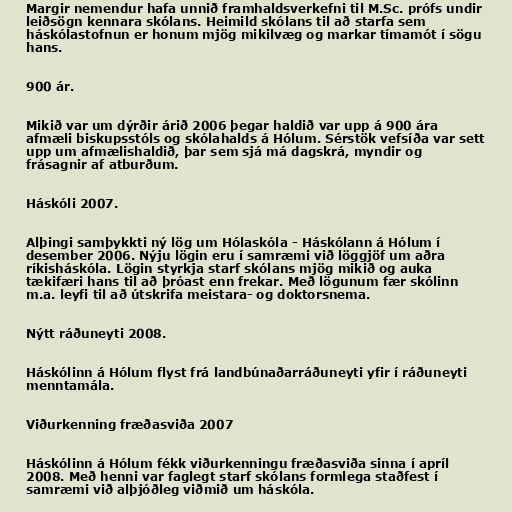
Margir nemendur hafa unnið framhaldsverkefni til M.Sc. prófs undir
leiðsögn kennara skólans. Heimild skólans til að starfa sem
háskólastofnun er honum mjög mikilvæg og markar tímamót í sögu
hans.

900 ár.

Mikið var um dýrðir árið 2006 þegar haldið var upp á 900 ára
afmæli biskupsstóls og skólahalds á Hólum. Sérstök vefsíða var sett
upp um afmælishaldið, þar sem sjá má dagskrá, myndir og
frásagnir af atburðum.

Háskóli 2007.

Alþingi samþykkti ný lög um Hólaskóla - Háskólann á Hólum í
desember 2006. Nýju lögin eru í samræmi við löggjöf um aðra
ríkisháskóla. Lögin styrkja starf skólans mjög mikið og auka
tækifæri hans til að þróast enn frekar. Með lögunum fær skólinn
m.a. leyfi til að útskrifa meistara- og doktorsnema.

Nýtt ráðuneyti 2008.

Háskólinn á Hólum flyst frá landbúnaðarráðuneyti yfir í ráðuneyti
menntamála.

Viðurkenning fræðasviða 2007

Háskólinn á Hólum fékk viðurkenningu fræðasviða sinna í apríl
2008. Með henni var faglegt starf skólans formlega staðfest í
samræmi við alþjóðleg viðmið um háskóla.